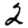
Digit: 2